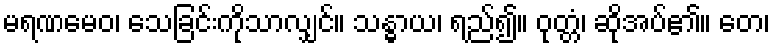
မရဏမေဝ၊ သေခြင်းကိုသာလျှင်။ သန္ဓာယ၊ ရည်၍။ ဝုတ္တံ၊ ဆိုအပ်၏။ တေ၊